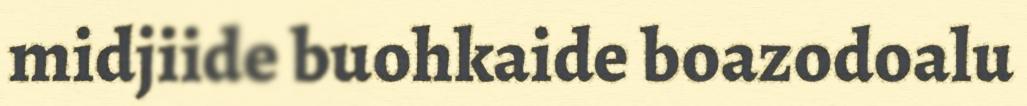
midjiide buohkaide boazodoalu